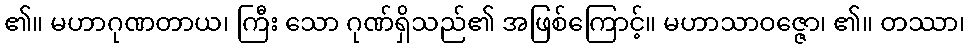
၏။ မဟာဂုဏတာယ၊ ကြီး သော ဂုဏ်ရှိသည်၏ အဖြစ်ကြောင့်။ မဟာသာဝဇ္ဇော၊ ၏။ တဿာ၊